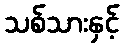
သစ်သားနှင့်